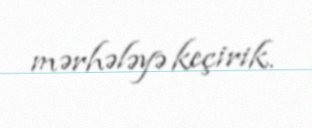
mərhələyə keçirik.